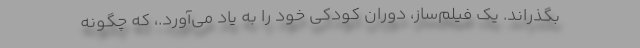
بگذراند. یک فیلم‌ساز، دوران کودکی خود را به یاد می‌آورد.، که چگونه